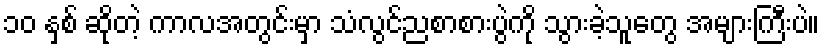
၁၀ နှစ် ဆိုတဲ့ ကာလအတွင်းမှာ သံလွင်ညစာစားပွဲကို သွားခဲ့သူတွေ အများကြီးပဲ။